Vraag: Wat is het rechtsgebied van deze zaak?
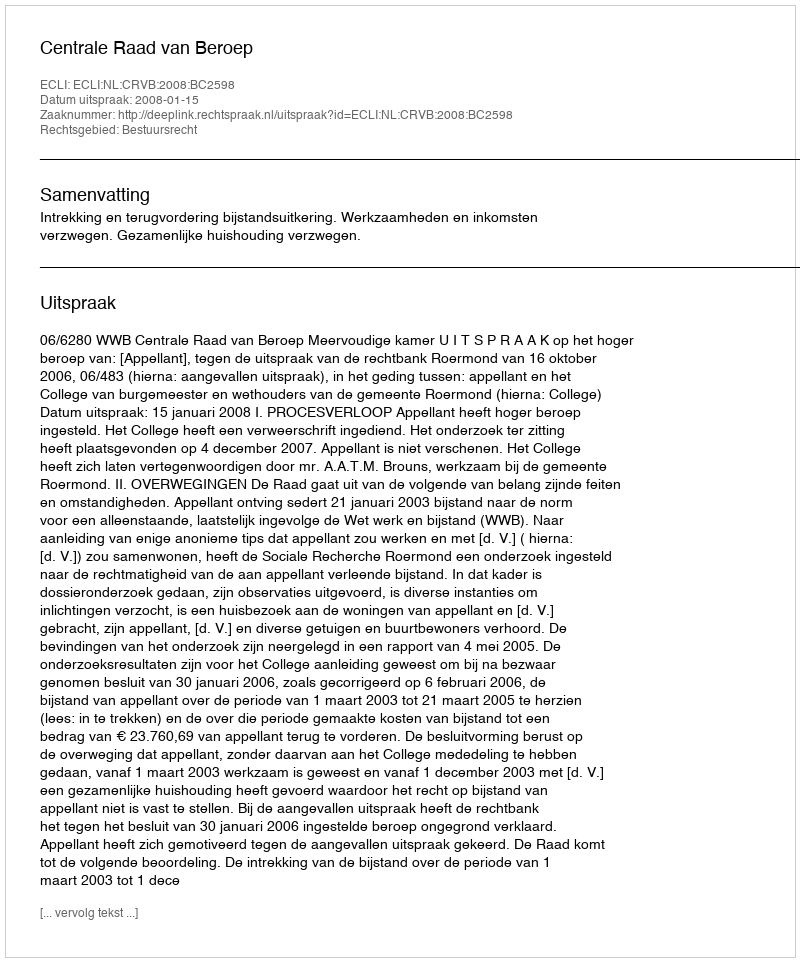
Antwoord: Bestuursrecht